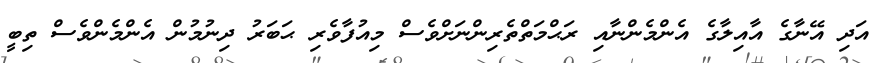
އަދި އޭނާގެ އާއިލާގެ އެންމެންނާއި ރަޙްމަތްތެރިންނަށްވެސް މިއުފާވެރި ޙަބަރު ދިނުމުން އެންމެންވެސް ތިބީ